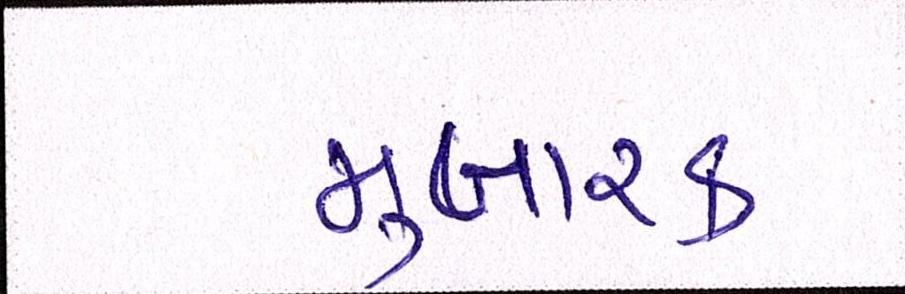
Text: મુબારક